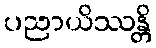
ပညာယိဿန္တိ